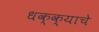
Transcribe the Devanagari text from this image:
धक्क्याचे